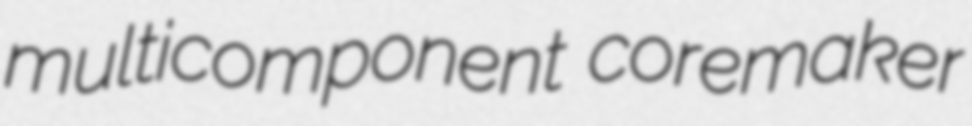
multicomponent coremaker